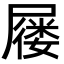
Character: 屦